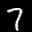
Label: 7